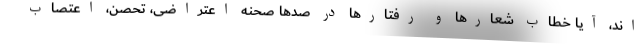
اند، آیا خطاب شعارها و رفتارها در صدها صحنه اعتراضی، تحصن، اعتصاب